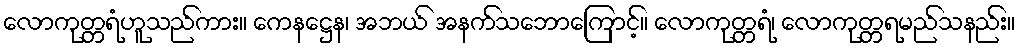
လောကုတ္တရံဟူသည်ကား။ ကေနဋ္ဌေန၊ အဘယ် အနက်သဘောကြောင့်။ လောကုတ္တရံ၊ လောကုတ္တရမည်သနည်း။